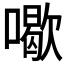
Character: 𠿒